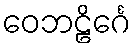
ဝေဘဠိင်္ဂေ